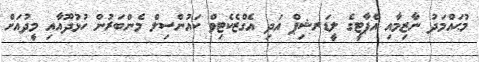
މުޙައްމަދު ނާޒިމާއި އެޕާޓީގެ ލީޑަރޝިޕް އަދި އެގްޒެކެޓިވް ކައުންސިލް މެންބަރުން ހުޅުދޫއާއި މީދުއަށް